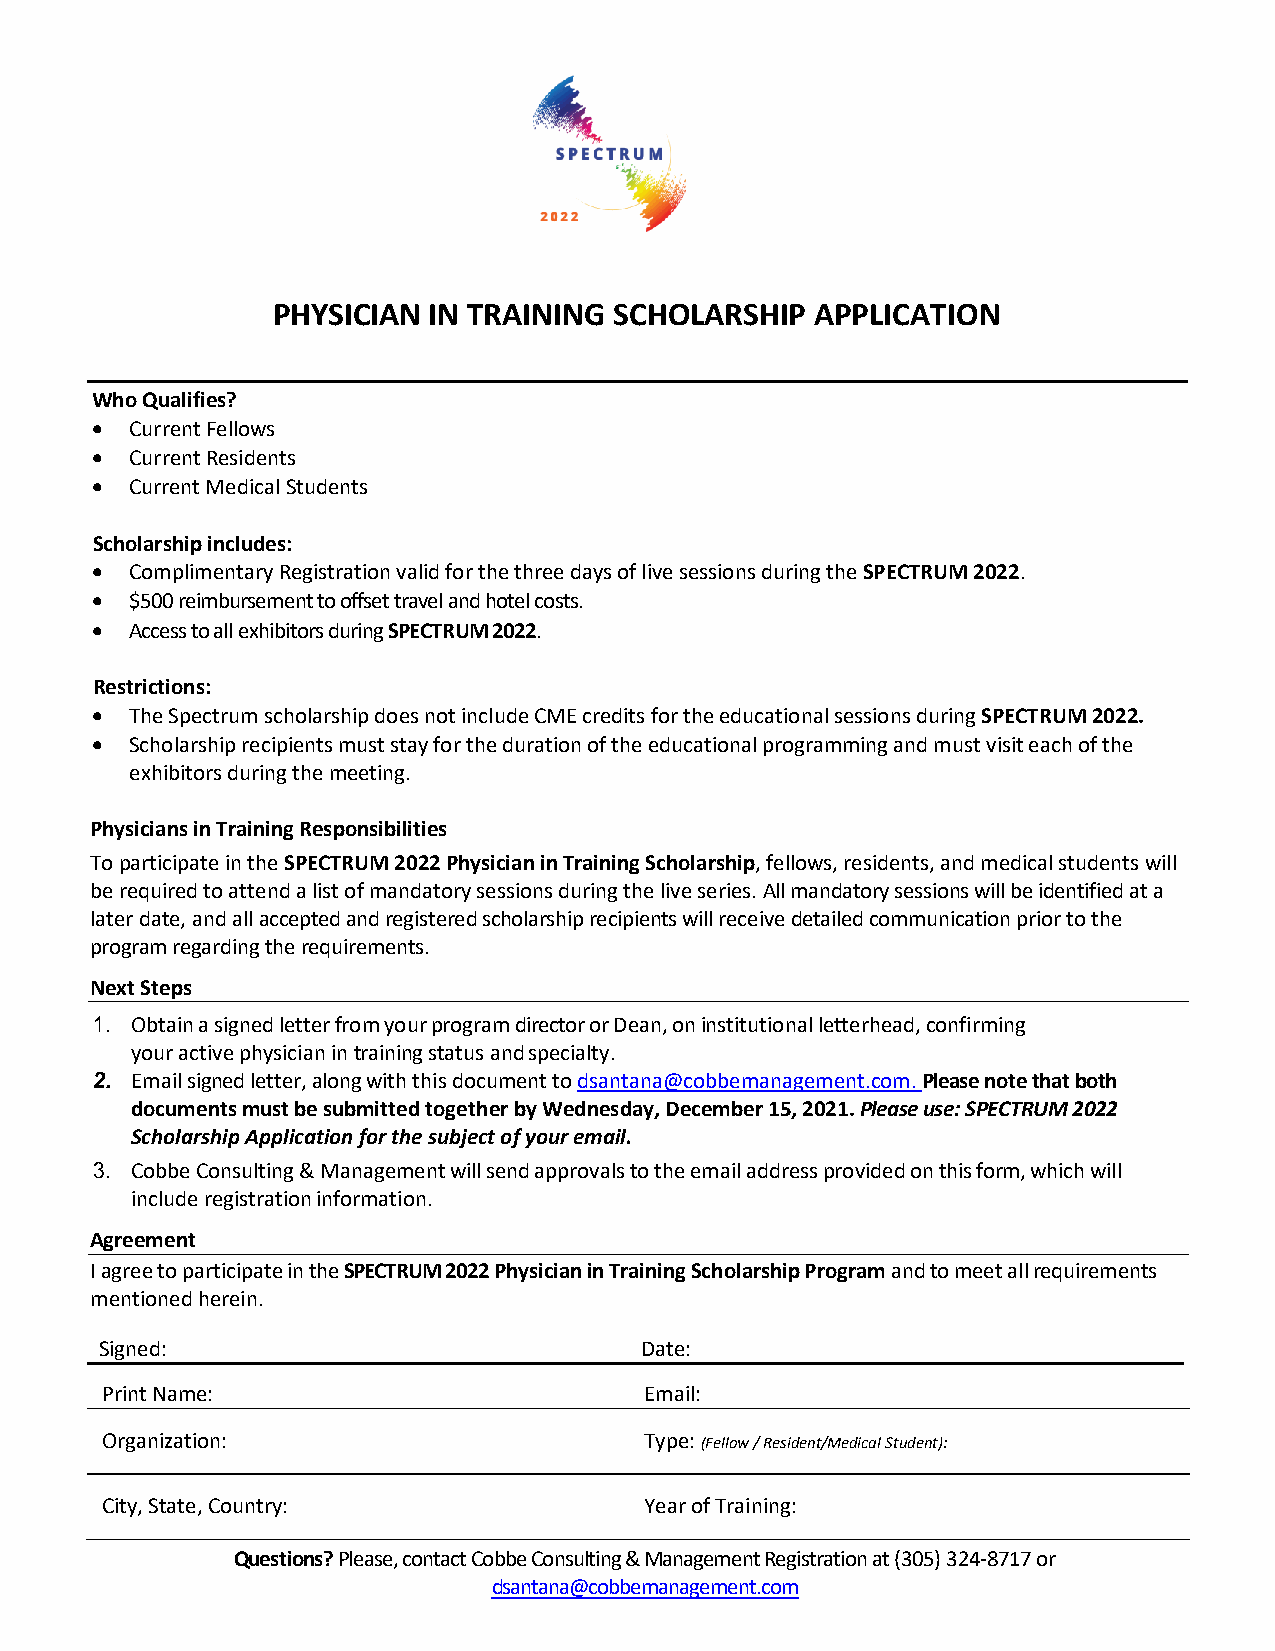
PHYSICIAN IN TRAINING  SCHOLARSHIP  APPLICATION
 Who Qualifies?
 •  Current Fellows
 •  Current Residents
 •  Current Medical Students
 Scholarship includes:
 •  Complimentary Registration valid for the three days of live sessions during the SPECTRUM 2022.
 •  $500 reimbursement to offset travel and hotel costs.
 •  Access to all exhibitors during SPECTRUM 2022.
 Restrictions:
 •  The Spectrum scholarship does not include CME credits for the educational sessions during SPECTRUM 2022.
 •  Scholarship recipients must stay for the duration of the educational programming and must visit each of the
 exhibitors during the meeting.
 Physicians in Training Responsibilities
 To participate in the SPECTRUM 2022 Physician in Training Scholarship, fellows, residents, and medical students will
 be required to attend a list of mandatory sessions during the live series. All mandatory sessions will be identified at a
 later date, and all accepted and registered scholarship recipients will receive detailed communication prior to the
 program regarding the requirements.
 Next Steps
 1. Obtain a signed letter from your program director or Dean, on institutional letterhead, confirming
 your active physician in training status and specialty.
 2. Email signed letter, along with this document to dsantana@cobbemanagement.com. Please note that both
 documents must be submitted together by Wednesday, December 15, 2021. Please use: SPECTRUM 2022
 Scholarship Application for the subject of your email.
 3. Cobbe Consulting & Management will send approvals to the email address provided on this form, which will
 include registration information.
 Agreement
 I agree to participate in the SPECTRUM 2022 Physician in Training Scholarship Program and to meet all requirements
 mentioned herein.
 Signed:                            Date:
 Print Name:                         Email:
 Organization:                       Type: (Fellow / Resident/Medical Student):
 City, State, Country:               Year of Training:
 Questions? Please, contact Cobbe Consulting & Management Registration at (305) 324-8717 or
 dsantana@cobbemanagement.com